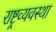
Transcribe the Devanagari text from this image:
राष्ट्रव्यवस्था